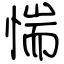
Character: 惴